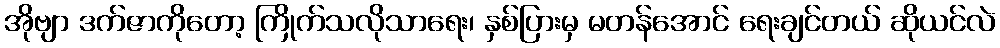
အိုဗျာ ဒက်ဇာကိုတော့ ကြိုက်သလိုသာရေး၊ နှစ်ပြားမှ မတန်အောင် ရေးချင်တယ် ဆိုယင်လဲ